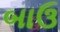
બાઉ